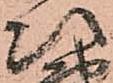
次